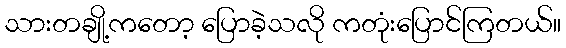
သားတချို့ကတော့ ပြောခဲ့သလို ကတုံးပြောင်ကြတယ်။